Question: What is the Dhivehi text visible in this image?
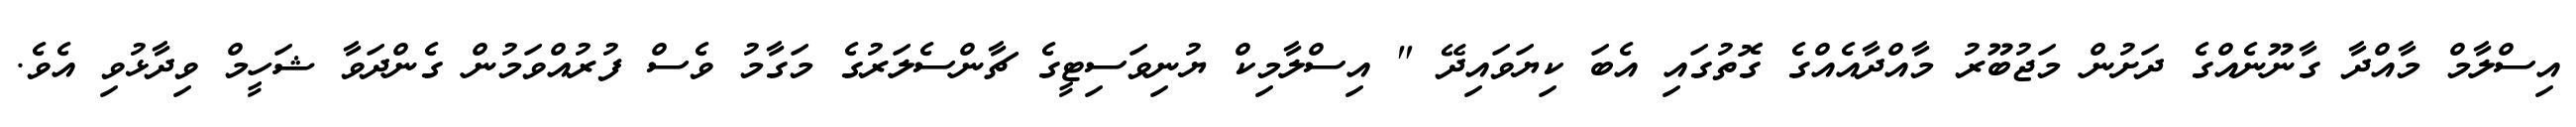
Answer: އިސްލާމް މާއްދާ ގާނޫނެއްގެ ދަށުން މަޖުބޫރު މާއްދާއެއްގެ ގޮތުގައި އެބަ ކިޔަވައިދޭ " އިސްލާމިކް ޔުނިވަސިޓީގެ ޗާންސެލަރުގެ މަގާމު ވެސް ފުރުއްވަމުން ގެންދަވާ ޝަހީމް ވިދާޅުވި އެވެ.